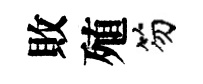
敗殖笏